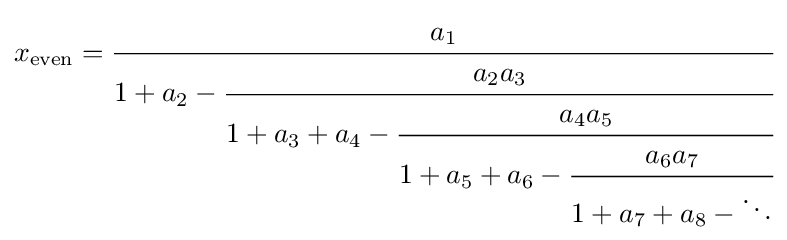
x_{\text{even}}={\cfrac {a_{1}}{1+a_{2}-{\cfrac {a_{2}a_{3}}{1+a_{3}+a_{4}-{\cfrac {a_{4}a_{5}}{1+a_{5}+a_{6}-{\cfrac {a_{6}a_{7}}{1+a_{7}+a_{8}-\ddots }}}}}}}}